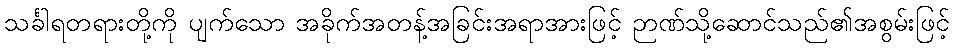
သင်္ခါရတရားတို့ကို ပျက်သော အခိုက်အတန့်အခြင်းအရာအားဖြင့် ဉာဏ်သို့ဆောင်သည်၏အစွမ်းဖြင့်